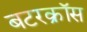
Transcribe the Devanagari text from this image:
बटरक्रॉस